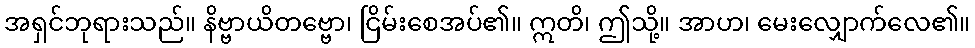
အရှင်ဘုရားသည်။ နိဗ္ဗာယိတဗ္ဗော၊ ငြိမ်းစေအပ်၏။ ဣတိ၊ ဤသို့။ အာဟ၊ မေးလျှောက်လေ၏။